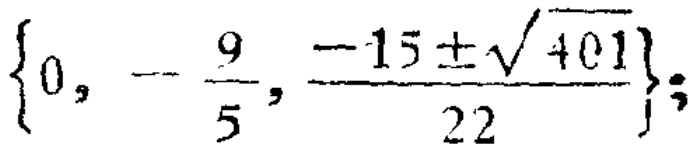
\(\left\{0, -\frac{9}{5}, \frac{-15\pm\sqrt{401}}{22}\right\}\)